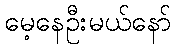
မေ့နေဦးမယ်နော်